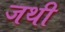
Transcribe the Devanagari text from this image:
जथी